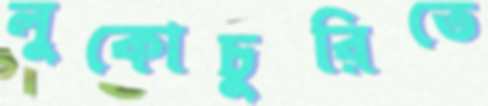
লুকোচুরিতে